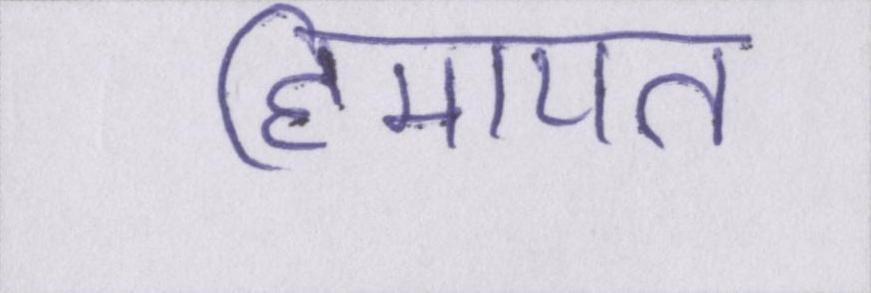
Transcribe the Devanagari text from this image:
हिमायत